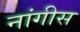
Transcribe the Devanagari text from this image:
नांगीस